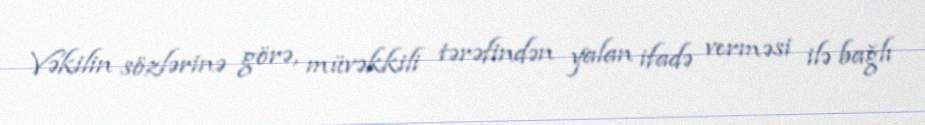
Vəkilin sözlərinə görə, müvəkkili tərəfindən yalan ifadə verməsi ilə bağlı